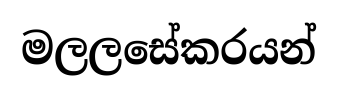
මලලසේකරයන්